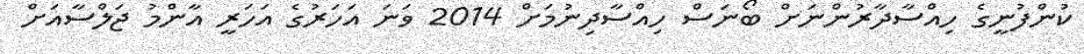
ކުންފުނީގެ ހިއްސާދާރުންނަށް ބޯނަސް ހިއްސާދިނުމަށް 2014 ވަނަ އަހަރުގެ އަހަރީ އާންމު ޖަލްސާއަށް